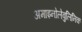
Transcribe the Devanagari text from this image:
अमाइनोलेवुलिनिक